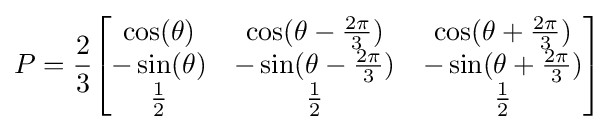
P={\frac {2}{3}}{\begin{bmatrix}\cos(\theta )&\cos(\theta -{\frac {2\pi }{3}})&\cos(\theta +{\frac {2\pi }{3}})\\-\sin(\theta )&-\sin(\theta -{\frac {2\pi }{3}})&-\sin(\theta +{\frac {2\pi }{3}})\\{\frac {1}{2}}&{\frac {1}{2}}&{\frac {1}{2}}\end{bmatrix}}